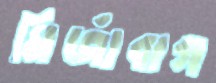
মির্জাবাগ